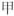
甲